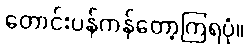
တောင်းပန်ကန်တော့ကြရပုံ။